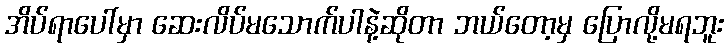
အိပ်ရာပေါ်မှာ ဆေးလိပ်မသောက်ပါနဲ့ဆိုတာ ဘယ်တော့မှ ပြောလို့မရဘူး